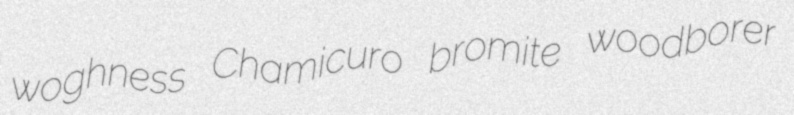
woghness Chamicuro bromite woodborer